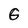
Character: G